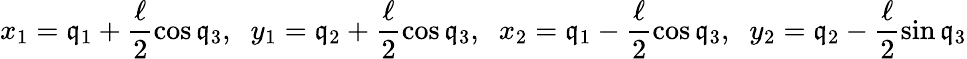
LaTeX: x_{1}=\mathfrak{q}_{1}+\frac{{\ell}}{{2}}\cos\mathfrak{q}_{3},\; \; y_{1}=\mathfrak{q}_{2}+\frac{{\ell}}{{2}}\cos\mathfrak{q}_{3},\; \; x_{2}=\mathfrak{q}_{1}-\frac{{\ell}}{{2}}\cos\mathfrak{q}_{3},\; \; y_{2}=\mathfrak{q}_{2}-\frac{{\ell}}{{2}}\sin\mathfrak{q}_{3}